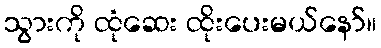
သွားကို ထုံဆေး ထိုးပေးမယ်နော်။